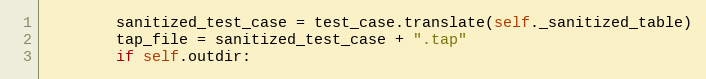
Language: Python
        sanitized_test_case = test_case.translate(self._sanitized_table)
        tap_file = sanitized_test_case + ".tap"
        if self.outdir: